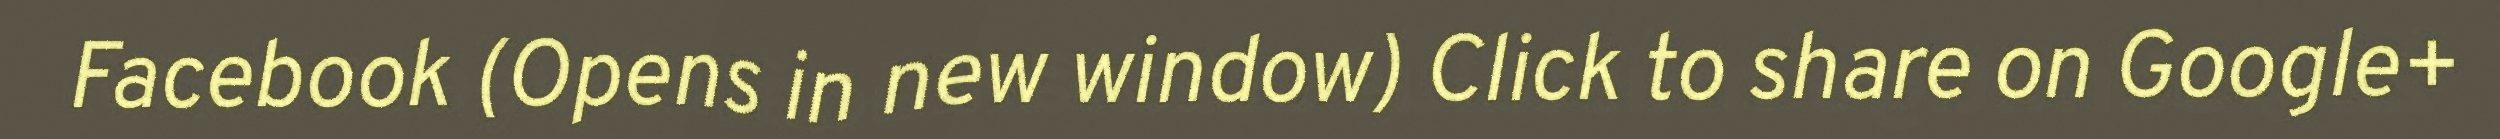
Facebook (Opens in new window) Click to share on Google+